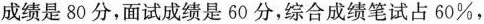
成绩是80分，面试成绩是60分，综合成绩笔试占60%，